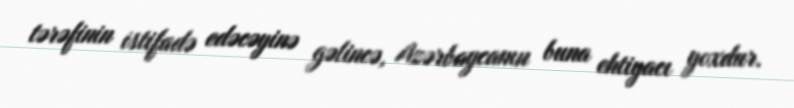
tərəfinin istifadə edəcəyinə gəlincə, Azərbaycanın buna ehtiyacı yoxdur.